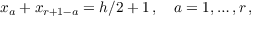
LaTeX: x _ { a } + x _ { r + 1 - a } = h / 2 + 1 \, , \quad a = 1 , \ldots , r \, ,